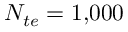
N _ { t e } = 1 \small { , } 0 0 0